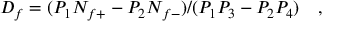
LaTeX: D _ { f } = ( P _ { 1 } N _ { f + } - P _ { 2 } N _ { f - } ) / ( P _ { 1 } P _ { 3 } - P _ { 2 } P _ { 4 } ) ~ ~ ~ ,